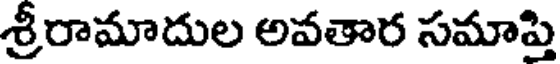
శ్రీరామాదుల అవతార సమాప్తి